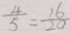
\frac { 4 } { 5 } = \frac { 1 6 } { 2 0 }